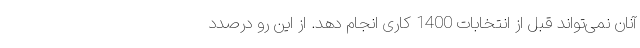
آنان نمی‌تواند قبل از انتخابات 1400 کاری انجام دهد. از این رو درصدد